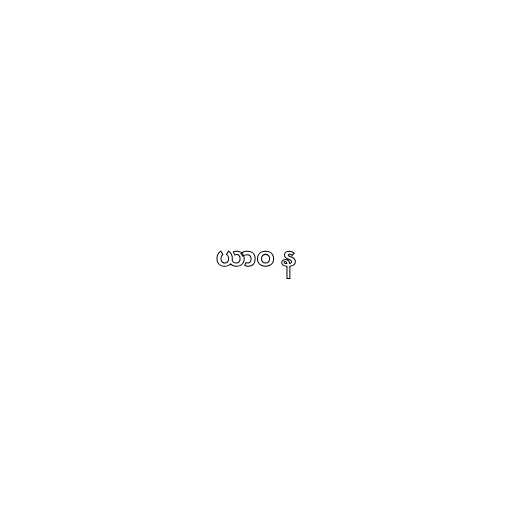
ယာဝ န